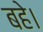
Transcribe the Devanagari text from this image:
बहे।